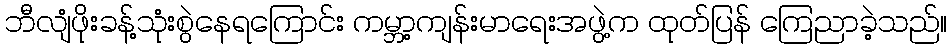
ဘီလျံဖိုးခန့်သုံးစွဲနေရကြောင်း ကမ္ဘာ့ကျန်းမာရေးအဖွဲ့က ထုတ်ပြန် ကြေညာခဲ့သည်။